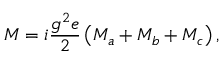
{ \cal M } = i \frac { g ^ { 2 } e } { 2 } \left( { \cal M } _ { a } + { \cal M } _ { b } + { \cal M } _ { c } \right) ,